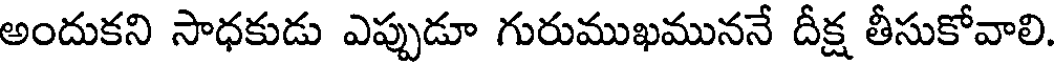
అందుకని సాధకుడు ఎప్పుడూ గురుముఖముననే దీక్ష తీసుకోవాలి.